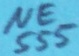
Text: NE555